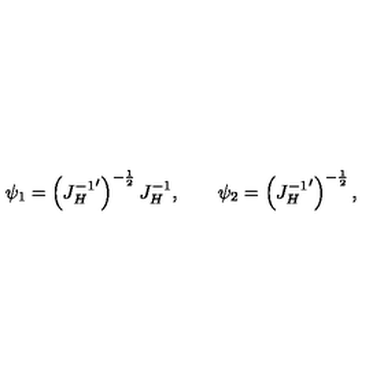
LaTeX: \psi _ { 1 } = \left( { J _ { H } ^ { - 1 } } ^ { \prime } \right) ^ { - { \frac { 1 } { 2 } } } J _ { H } ^ { - 1 } , \qquad \psi _ { 2 } = \left( { J _ { H } ^ { - 1 } } ^ { \prime } \right) ^ { - { \frac { 1 } { 2 } } } ,